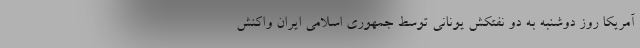
آمریکا روز دوشنبه به دو نفتکش یونانی توسط جمهوری اسلامی ایران واکنش